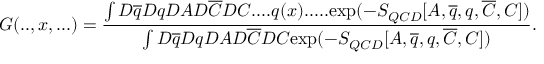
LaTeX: { \cal G } ( . . , x , . . . ) = \frac { \int { D } \overline { { { q } } } { D } q { D A } { D } \overline { { { C } } } { D } C . . . . q ( x ) . . . . . \mathrm { e x p } ( - S _ { Q C D } [ A , \overline { { { q } } } , q , \overline { { { C } } } , C ] ) } { \int { D } \overline { { { q } } } { D } q { D A } { D } \overline { { { C } } } { D } C \mathrm { e x p } ( - S _ { Q C D } [ A , \overline { { { q } } } , q , \overline { { { C } } } , C ] ) } .